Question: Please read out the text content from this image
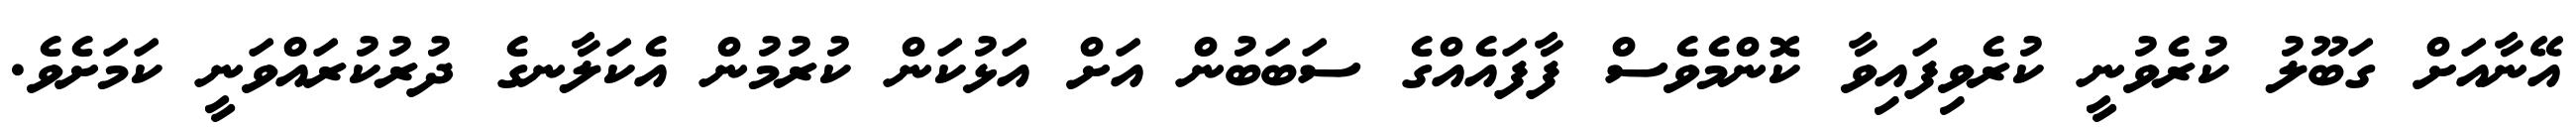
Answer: އޭނާއަށް ގަބޫލު ކުރެވުނީ ކުރެވިފައިވާ ކޮންމެވެސް ފާފައެއްގެ ސަބަބުން އަށް އަޅުކަން ކުރުމުން އެކަލާނގެ ދުރުކުރައްވަނީ ކަމަށެވެ.